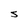
Character: S